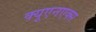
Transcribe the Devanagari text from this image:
क्यूएनएक्स